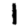
Digit: 1